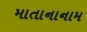
માતાનાનામ